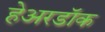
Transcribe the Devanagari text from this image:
हेअरडॉक